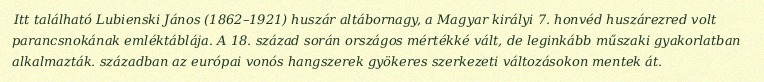
Itt található Lubienski János (1862–1921) huszár altábornagy, a Magyar királyi 7. honvéd huszárezred volt parancsnokának emléktáblája. A 18. század során országos mértékké vált, de leginkább műszaki gyakorlatban alkalmazták. században az európai vonós hangszerek gyökeres szerkezeti változásokon mentek át.